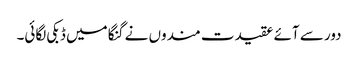
دور سے آئے عقیدت مندوں نے گنگا میں ڈبکی لگائی۔